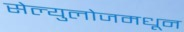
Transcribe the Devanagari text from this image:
सेल्युलोजमधून